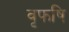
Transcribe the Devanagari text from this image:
वृफषि